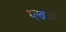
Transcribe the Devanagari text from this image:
प्ल्वकों